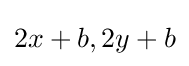
2x+b,2y+b